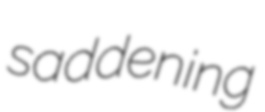
saddening